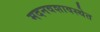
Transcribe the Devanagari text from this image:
मदनवशावस्थेत